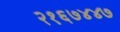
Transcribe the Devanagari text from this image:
२१६७४४७